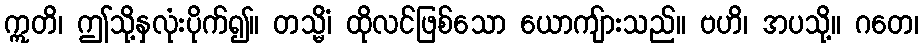
ဣတိ၊ ဤသို့နှလုံးပိုက်၍။ တသ္မိံ၊ ထိုလင်ဖြစ်သော ယောကျ်ားသည်။ ဗဟိ၊ အပသို့။ ဂတေ၊